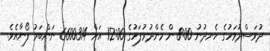
ދުވަސްދުވަހުގެ ހެނދުނު 8:00 ން މެންދުރުފަހުގެ 12:00 އަށް 6600314 ނަންބަރު ފޯނާއެވެ.